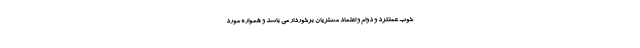
خوب عملکرد و دوام و اعتماد مشتریان برخوردار می باشد و همواره مورد